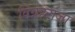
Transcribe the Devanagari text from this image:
विग्रहराजा